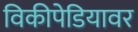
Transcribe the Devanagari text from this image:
विकीपेडियावर